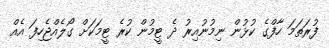
ފުރަަތަމަ ހާފްގެ ކުޅުން ނިމުނުއިރު ދެ ޓީމުން ކުރެ ޓީމަކަށް ގޯލެއްޖެހިފަ އެއް